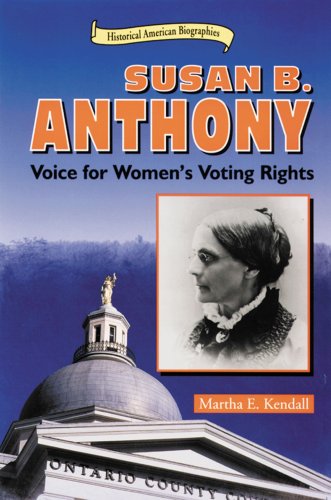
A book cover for Susan B. Anthony: Voice for Women's Voting Rights (Historical American Biographies); Martha E. Kendall; Teen & Young Adult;